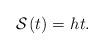
LaTeX: \begin{align*}\mathcal{S}_{}\left( t\right) =h^{}t. \end{align*}